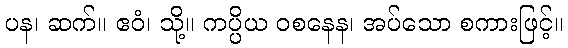
ပန၊ ဆက်။ ဧဝံ၊ သို့။ ကပ္ပိယ ဝစနေန၊ အပ်သော စကားဖြင့်။